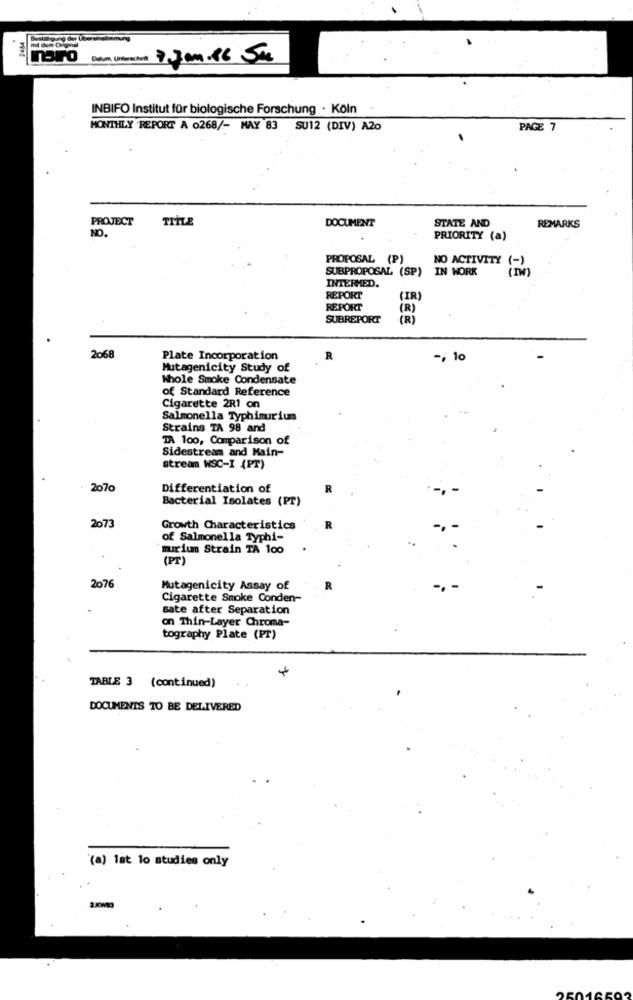
moro
INBIFO Institut für biologische Forschung · Köln
MONTHLY REPORT A 0268/- MAY 83 SU12 (DIV) A2o
PAGE 7
PROJECT
TITLE
DOCUMENT
STATE AND
REMARKS
NO
PRIORITY (a)
PROPOSAL (P)
NO ACTIVITY
SUBPROPOSAL (SP) IN WORK
INTERMED.
REPORT
(IR)
REPORT
(R)
SUBREPORT
(R)
2068
Plate Incorporation
R
-; 10
Mutagenicity Study of
Whole Smoke Condensate
of Standard Reference
Cigarette 2R1 on
Salmonella Typhimurium
Strains TA 98 and
TA 100, Comparison of
Sidestream and Main-
stream WSC-I (PT)
2070
Differentiation of
Bacterial Isolates (PT)
2073
Growth Characteristics
of Salmonella Typhi-
murium Strain TA 100
(PT)
2076
Mutagenicity Assay of
R
Cigarette Smoke Conden-
sate after Separation
on Thin-Layer Chroma-
tography Plate (PT)
+
TABLE 3 (continued)
DOCUMENTS TO BE DELIVERED
(a) lat lo studies only